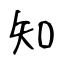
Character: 知